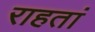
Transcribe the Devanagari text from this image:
राहतां